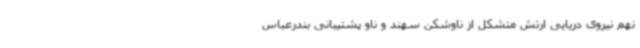
نهم نیروی دریایی ارتش متشکل از ناوشکن سهند و ناو پشتیبانی بندرعباس